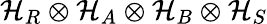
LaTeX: \mathcal{H}_{R}\otimes\mathcal{H}_{A}\otimes\mathcal{H}_{B}\otimes\mathcal{H}_{S}